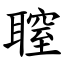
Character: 䏄